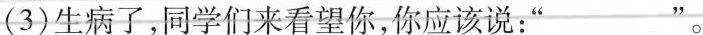
(3)生病了，同学们来看望你，你应该说：”___”。